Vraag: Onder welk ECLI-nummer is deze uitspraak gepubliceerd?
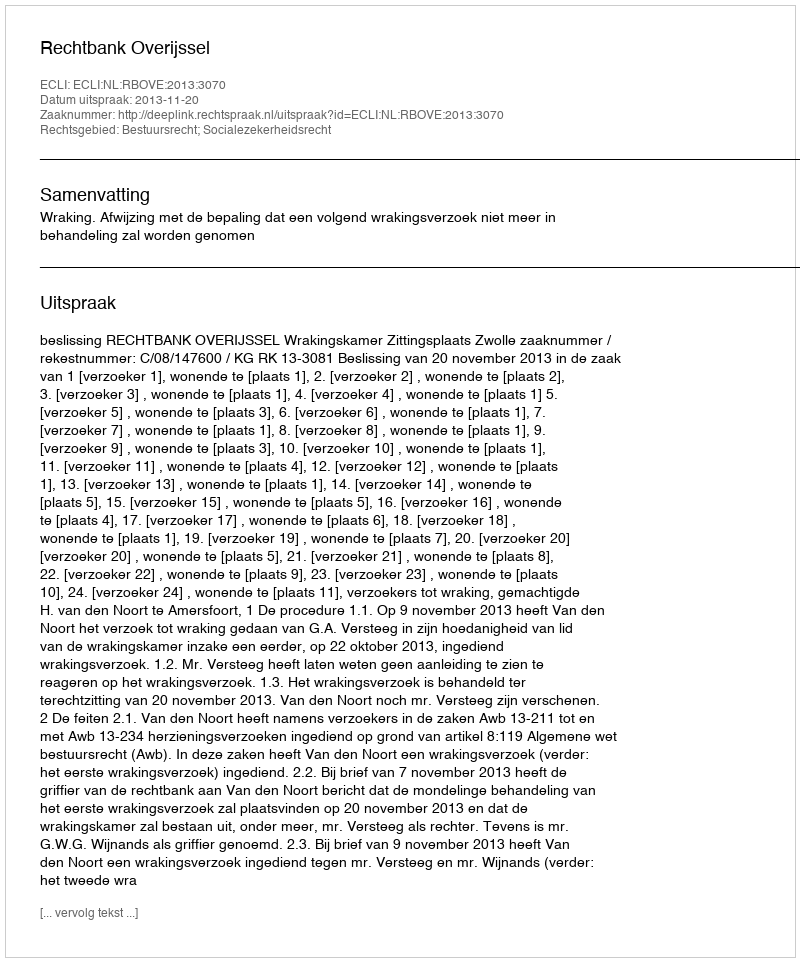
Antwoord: ECLI:NL:RBOVE:2013:3070